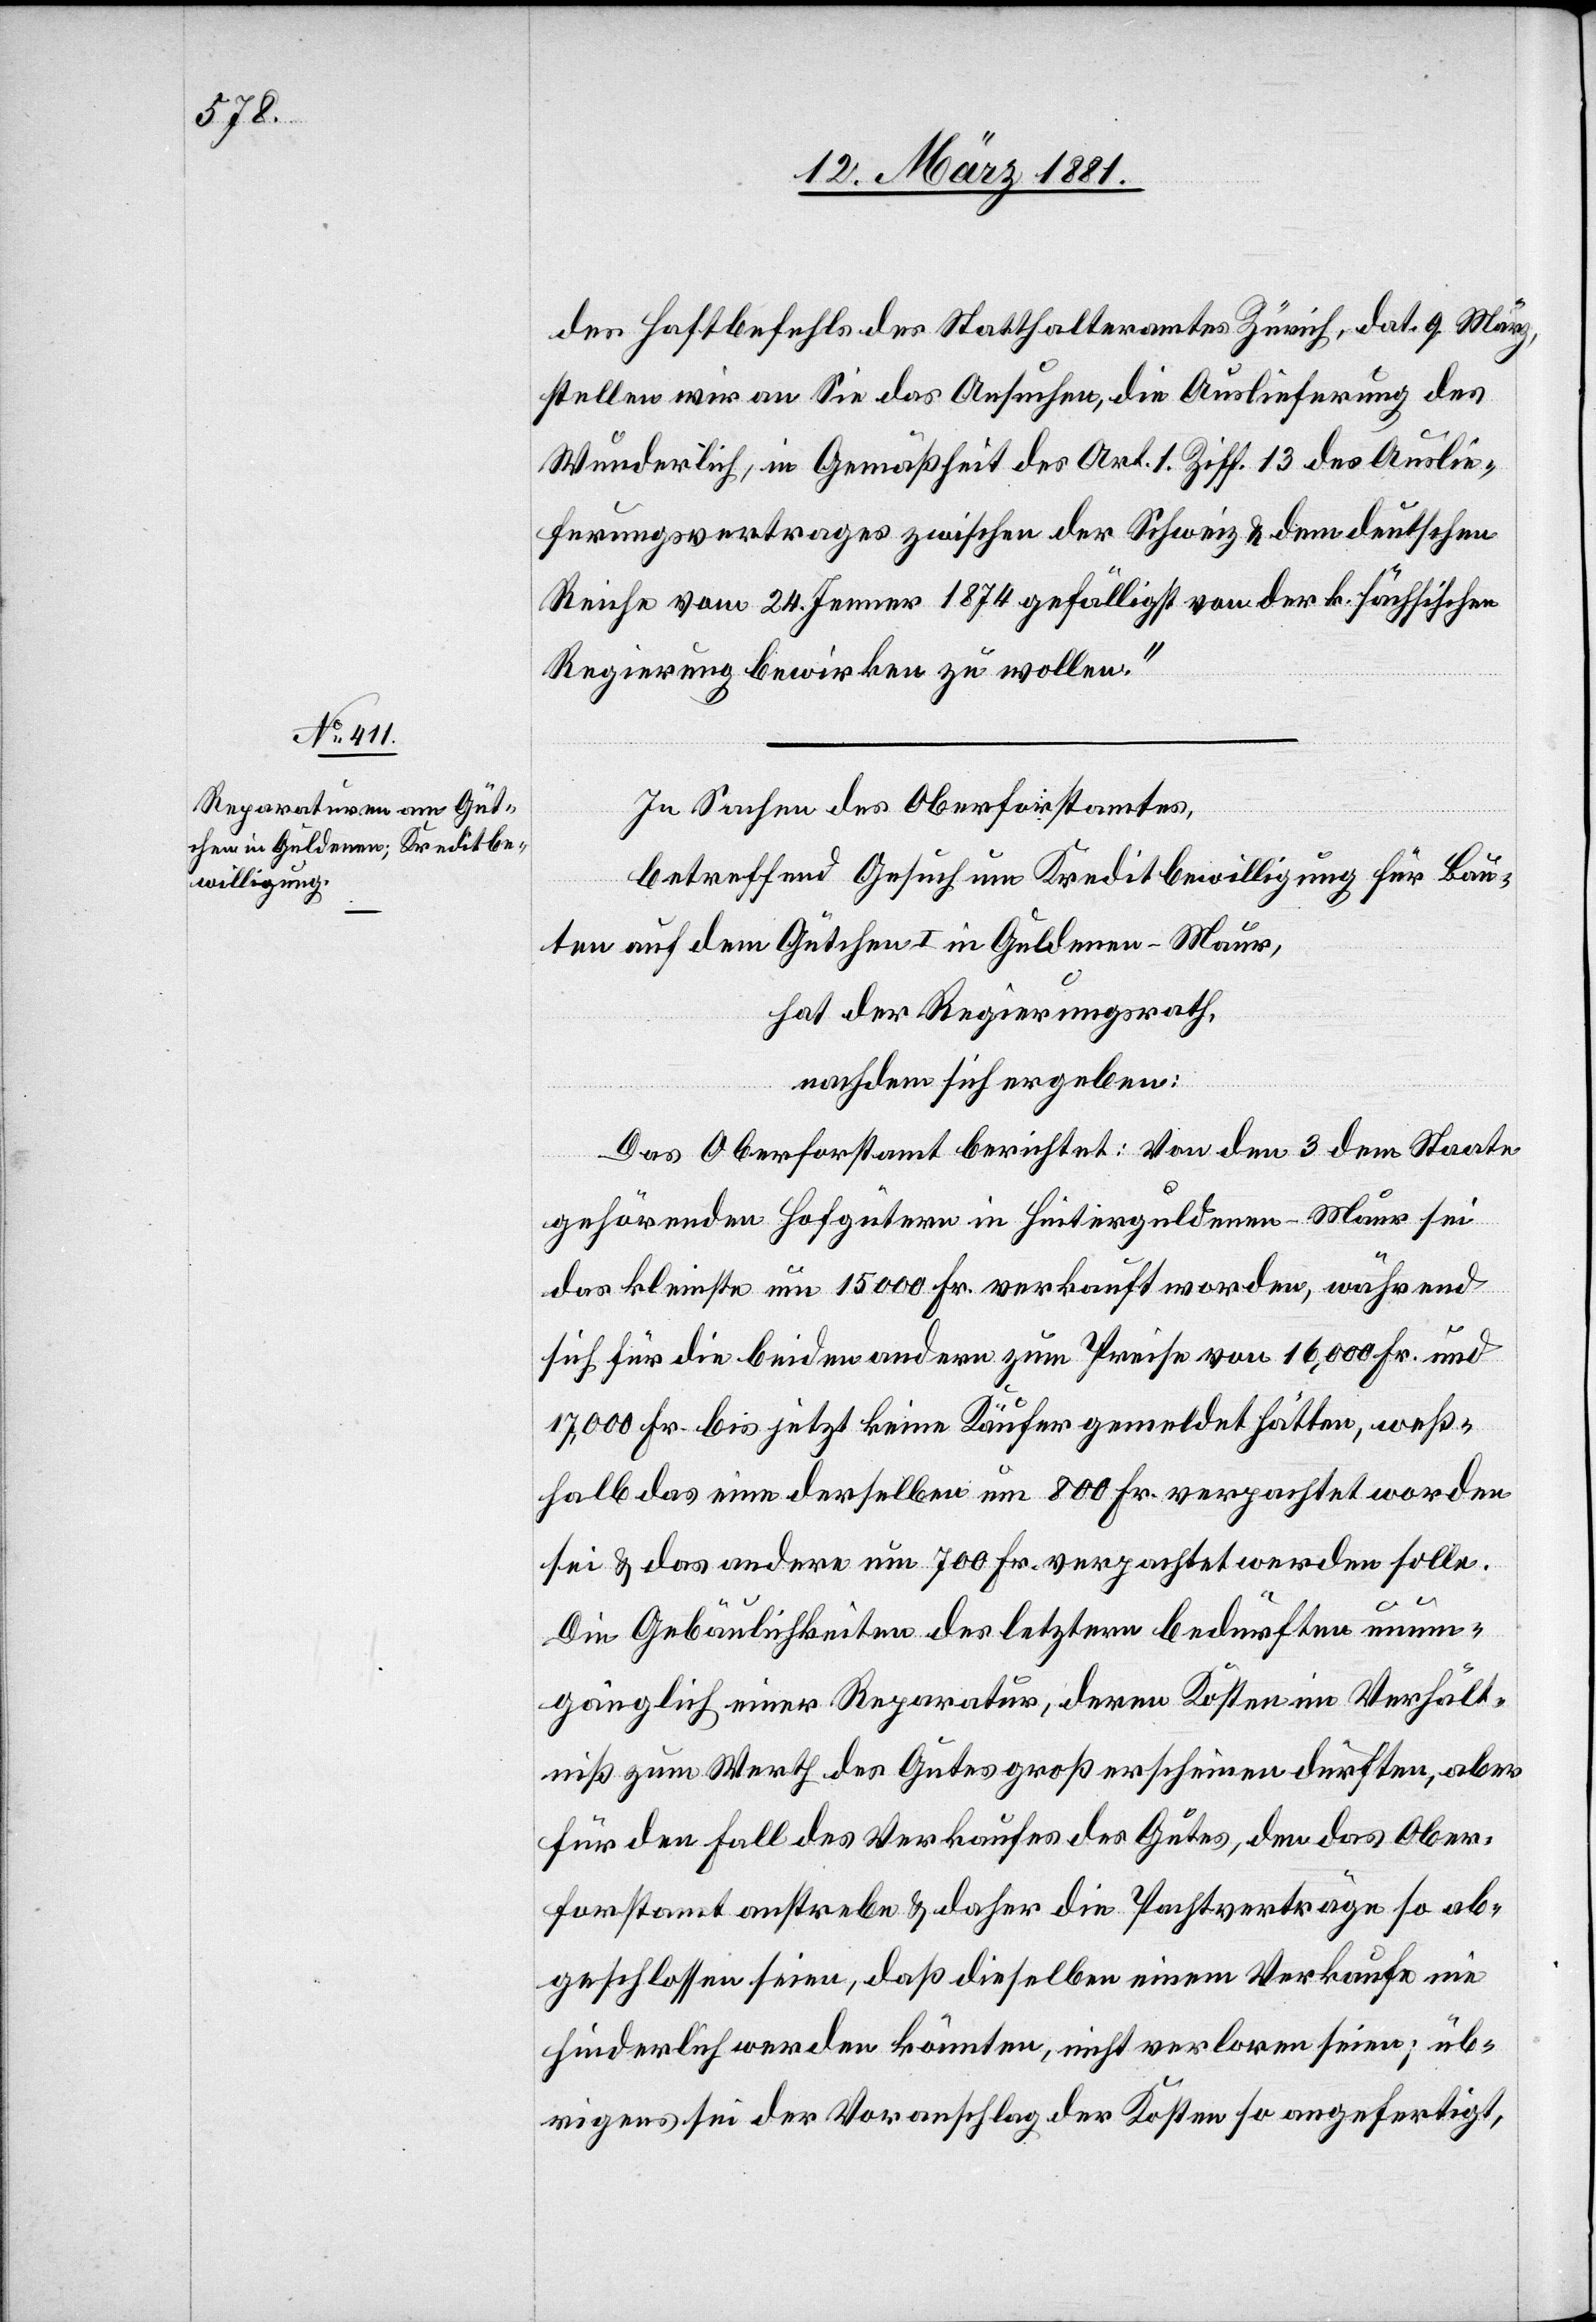
des Haftbefehls des Statthalteramtes Zürich, dat. 9. März,
stellen wir an Sie das Ansuchen, die Auslieferung des
Wunderlich, in Gemäßheit des Art. 1 Ziff. 13 des Auslie¬
ferungsvertrages zwischen der Schweiz & dem deutschen
Reiche vom 24. Jenner 1874 gefälligst von der k. sächsischen
Regierung bewirken zu wollen.“
In Sachen des Oberforstamtes,
betreffend Gesuch um Kreditbewilligung für Bau¬
ten auf dem Gütchen I in Guldenen - Maur,
hat der Regierungsrath,
nachdem sich ergeben:
Das Oberforstamt berichtet: Von den 3 dem Staate
gehörenden Hofgütern in Hinterguldenen - Maur sei
das kleinste um 15 000 Fr. verkauft worden, während
sich für die beiden andern zum Preise von 16,000 Fr. und
17,000 Fr. bis jetzt keine Käufer gemeldet hätten, weß¬
halb das eine derselben um 800 Fr. verpachtet worden
sei & das andere um 700 Fr. verpachtet werden solle.
Die Gebäulichkeiten des letztern bedürften unum¬
gänglich einer Reparatur, deren Kosten im Verhält¬
niß zum Werth des Gutes groß erscheinen dürften, aber
für den Fall des Verkaufes des Gutes, den das Ober¬
forstamt anstrebe & daher die Pachtverträge so ab¬
geschlossen seien, daß dieselben einem Verkaufe nie
hinderlich werden könnten, nicht verloren seien; üb¬
rigens sei der Voranschlag der Kosten so angefertigt,